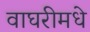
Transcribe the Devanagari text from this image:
वाघरीमधे